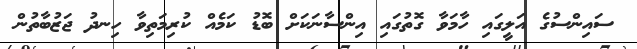
ސައިންސުގެ އަލީގައި ހާމަވާ ގޮތުގައި އިންސާނަކަށް ބޮޑު ކަމެއް ކުރިމަތިވާ ހިނދު ޖަޒުބާތުން